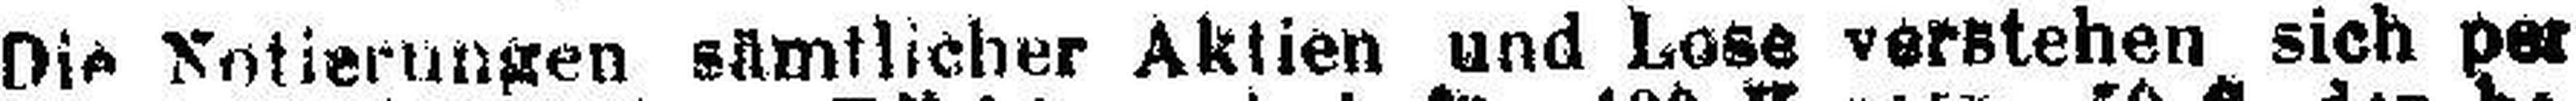
Die Notierungen sämtlicher Aktien und Lose verstehen sich per